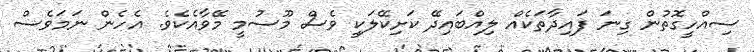
ސިއްހީގޮތުން ގިނަ ފައިދާތަކެއް ލިއްބައިދޭ ކަށިކޭލަކީ ވެސް މޫސުމީ މޭވާއެކެވެ. އެހެން ނަމަވެސް